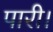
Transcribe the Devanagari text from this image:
पारी।